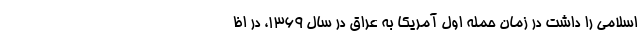
اسلامی را داشت در زمان حمله اول آمریکا به عراق در سال ۱۳۶۹، در اظ